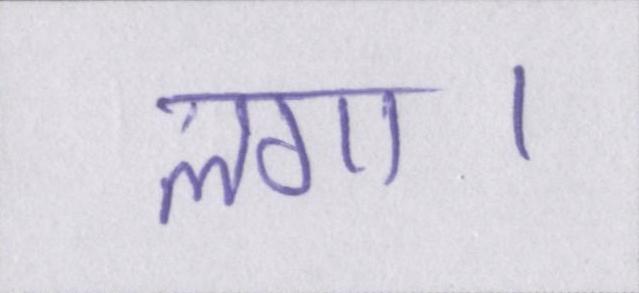
लगा।